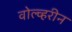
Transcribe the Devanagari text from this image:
वोल्व्हरीन